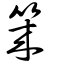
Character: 箂